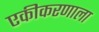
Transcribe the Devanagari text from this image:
एकीकरणाला